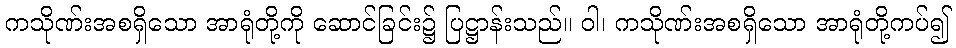
ကသိုဏ်းအစရှိသော အာရုံတို့ကို ဆောင်ခြင်း၌ ပြဋ္ဌာန်းသည်။ ဝါ၊ ကသိုဏ်းအစရှိသော အာရုံတို့ကပ်၍